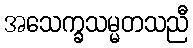
အသေက္ခသမ္မတသညီ